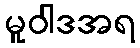
မူဝါဒအရ